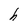
Character: h